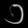
Digit: ၁